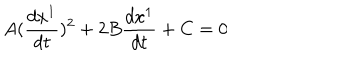
A ( \frac { d x ^ { 1 } } { d t } ) ^ { 2 } + 2 B \frac { d x ^ { 1 } } { d t } + C = 0